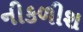
નીકળીશ